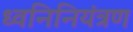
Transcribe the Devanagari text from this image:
ध्वनिनियंत्रण